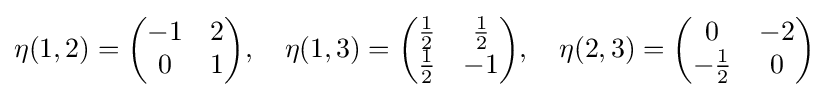
\eta (1,2)={\begin{pmatrix}-1&2\\0&1\end{pmatrix}},\quad \eta (1,3)={\begin{pmatrix}{\frac {1}{2}}&{\frac {1}{2}}\\{\frac {1}{2}}&-1\end{pmatrix}},\quad \eta (2,3)={\begin{pmatrix}0&-2\\-{\frac {1}{2}}&0\end{pmatrix}}